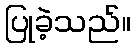
ပြုခဲ့သည်။